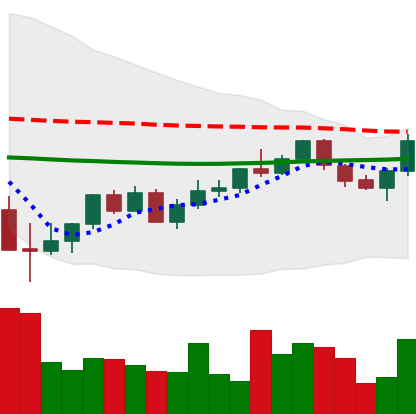
Ticker: XMR-USD
Chart end date: 2022-05-30
Forward return: -7.383%
Label: down_7plus